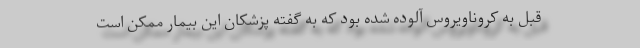
قبل به کروناویروس آلوده شده بود که به گفته پزشکان این بیمار ممکن است